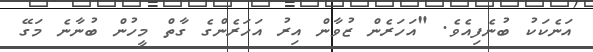
އަނެކަކު ބުނެފިއެވެ. "އަހަރެން ޒުވާން އިރު އަހަރެންގެ ގާތް މީހުން ބުނާނެ މަގޭ